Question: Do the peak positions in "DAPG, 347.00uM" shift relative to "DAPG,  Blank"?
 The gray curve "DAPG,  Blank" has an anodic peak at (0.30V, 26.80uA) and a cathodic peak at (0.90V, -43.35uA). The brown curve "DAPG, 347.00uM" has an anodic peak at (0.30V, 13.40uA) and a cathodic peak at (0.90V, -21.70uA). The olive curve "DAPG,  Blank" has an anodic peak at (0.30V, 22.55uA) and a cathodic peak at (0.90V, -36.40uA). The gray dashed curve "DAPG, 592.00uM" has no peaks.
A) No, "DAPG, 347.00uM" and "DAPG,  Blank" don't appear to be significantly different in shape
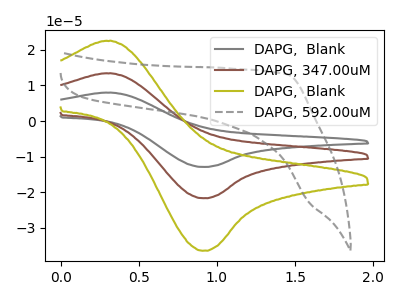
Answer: <think>All the peaks in "DAPG, 347.00uM" have a peak in "DAPG,  Blank" at the same potential. Every peak in "DAPG, 347.00uM" is lower than every peak in "DAPG,  Blank".
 </think>
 <answer>A) No, "DAPG, 347.00uM" and "DAPG,  Blank" don't appear to be significantly different in shape</answer>
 <eval>A</eval>